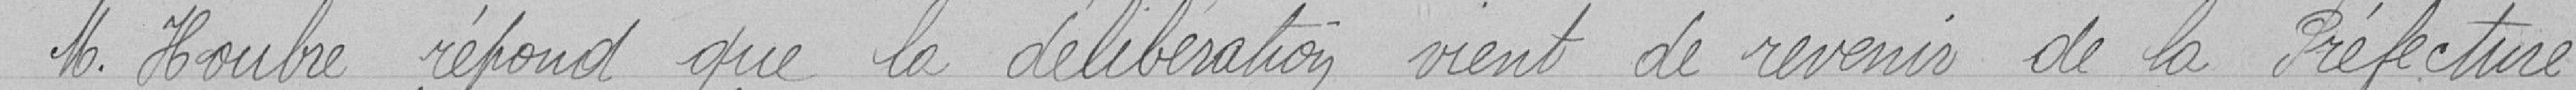
Monsieur Houbre répond que la délibération vient de revenir de la Préfecture